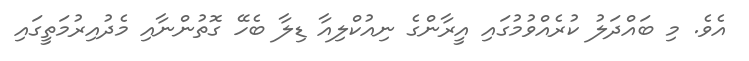
އެވެ. މި ބައްދަލު ކުރެއްވުމުގައި އީރާންގެ ނިއުކްލިއާ ޑިލާ ބެހޭ ގޮތުންނާއި މެދުއިރުމަތީގައި